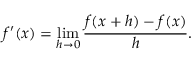
f ^ { \prime } ( x ) = \operatorname* { l i m } _ { h \to 0 } { \frac { f ( x + h ) - f ( x ) } { h } } .